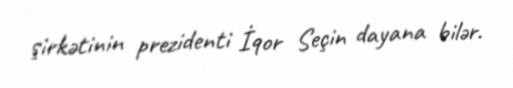
şirkətinin prezidenti İqor Seçin dayana bilər.